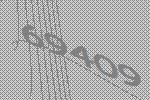
69409